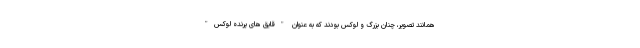
همانند تصویر، چنان بزرگ و لوکس بودند که به عنوان "قایق های پرنده لوکس"